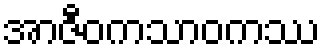
အာဇီဝကသာဝကဿ